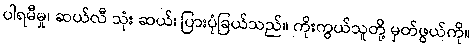
ပါရမီမှု၊ ဆယ်လီ သုံး ဆယ်၊ ပြားပုံခြယ်သည်။ ကိုးကွယ်သူတို့ မှတ်ဖွယ်ကို။